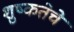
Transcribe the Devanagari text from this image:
शुष्कतेचे